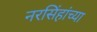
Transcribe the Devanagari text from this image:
नरसिंहांच्या